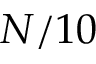
N / 1 0